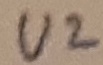
Text: U2